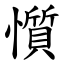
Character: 懫